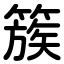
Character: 簇